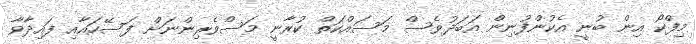
މިފްކޯ އިން ބުނީ އެކުންފުނިން އަބަދުވެސް މަސައްކަތް ކުރާނީ މަސްވެރިންނަށް ފަސޭހައާއި ފައިދާވާ